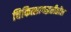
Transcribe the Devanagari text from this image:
चिकित्सापद्धतीतील